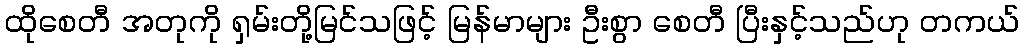
ထိုစေတီ အတုကို ရှမ်းတို့မြင်သဖြင့် မြန်မာများ ဦးစွာ စေတီ ပြီးနှင့်သည်ဟု တကယ်